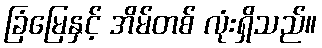
ခြံမြေနှင့် အိမ်တစ် လုံးရှိသည်။